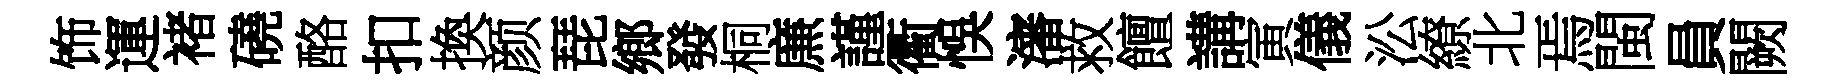
饰運褚磽酪扣換颜琵鄉發桐㢘謹衢悞瀋救饘講寅儀㳂繚北焉閩員闕